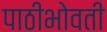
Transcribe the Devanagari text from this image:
पाठीभोवती